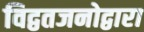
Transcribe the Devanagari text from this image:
विद्वतजनोद्वारा